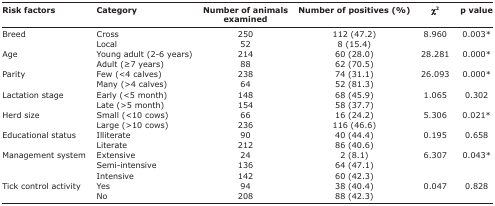
<table><thead><tr><td><b>Risk factors</b></td><td><b>Category</b></td><td><b>Number of animals examined</b></td><td><b>Number of positives (%)</b></td><td><b>X<sup>2</sup></b></td><td><b>p value</b></td></tr></thead><tbody><tr><td>Breed</td><td>Cross</td><td>250</td><td>112 (47.2)</td><td rowspan="2">8.960</td><td rowspan="2">0.003*</td></tr><tr><td>[EMPTY_CELL]</td><td>Local</td><td>52</td><td>8 (15.4)</td></tr><tr><td>Age</td><td>Young adult (2-6 years)</td><td>214</td><td>60 (28.0)</td><td>28.281</td><td>0.000*</td></tr><tr><td>[EMPTY_CELL]</td><td>Adult (≥7 years)</td><td>88</td><td>62 (70.5)</td><td>[EMPTY_CELL]</td><td>[EMPTY_CELL]</td></tr><tr><td>Parity</td><td>Few (&lt;4 calves)</td><td>238</td><td>74 (31.1)</td><td>26.093</td><td>0.000*</td></tr><tr><td>[EMPTY_CELL]</td><td>Many (&gt;4 calves)</td><td>64</td><td>52 (81.3)</td><td>[EMPTY_CELL]</td><td>[EMPTY_CELL]</td></tr><tr><td>Lactation stage</td><td>Early (&lt;5 month)</td><td>148</td><td>68 (45.9)</td><td>1.065</td><td>0.302</td></tr><tr><td>[EMPTY_CELL]</td><td>Late (&gt;5 month)</td><td>154</td><td>58 (37.7)</td><td>[EMPTY_CELL]</td><td>[EMPTY_CELL]</td></tr><tr><td>Herd size</td><td>Small (&lt;10 cows)</td><td>66</td><td>16 (24.2)</td><td>5.306</td><td>0.021*</td></tr><tr><td>[EMPTY_CELL]</td><td>Large (&gt;10 cows)</td><td>236</td><td>116 (46.6)</td><td>[EMPTY_CELL]</td><td>[EMPTY_CELL]</td></tr><tr><td>Educational status</td><td>Illiterate</td><td>90</td><td>40 (44.4)</td><td>0.195</td><td>0.658</td></tr><tr><td>[EMPTY_CELL]</td><td>Literate</td><td>212</td><td>86 (40.6)</td><td>[EMPTY_CELL]</td><td>[EMPTY_CELL]</td></tr><tr><td>Management system</td><td>Extensive</td><td>24</td><td>2 (8.1)</td><td>6.307</td><td>0.043*</td></tr><tr><td>[EMPTY_CELL]</td><td>Semi-intensive</td><td>136</td><td>64 (47.1)</td><td>[EMPTY_CELL]</td><td>[EMPTY_CELL]</td></tr><tr><td>[EMPTY_CELL]</td><td>Intensive</td><td>142</td><td>60 (42.3)</td><td>[EMPTY_CELL]</td><td>[EMPTY_CELL]</td></tr><tr><td>Tick control activity</td><td>Yes</td><td>94</td><td>38 (40.4)</td><td>0.047</td><td>0.828</td></tr><tr><td>[EMPTY_CELL]</td><td>No</td><td>208</td><td>88 (42.3)</td><td>[EMPTY_CELL]</td><td>[EMPTY_CELL]</td></tr></tbody></table>